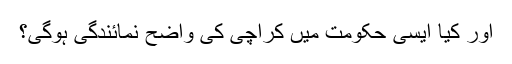
اور کیا ایسی حکومت میں کراچی کی واضح نمائندگی ہوگی؟